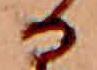
る